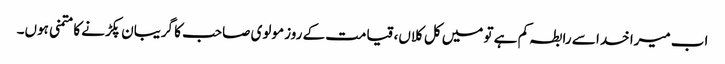
اب میرا خدا سے رابطہ کم ہے تو میں کل کلاں، قیامت کے روز مولوی صاحب کا گریبان پکڑنے کا متمنی ہوں۔